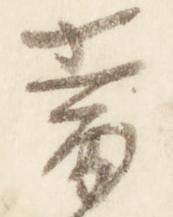
当